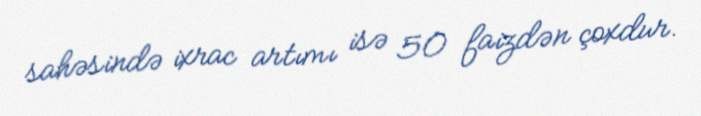
sahəsində ixrac artımı isə 50 faizdən çoxdur.